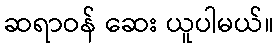
ဆရာဝန် ဆေး ယူပါမယ်။